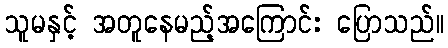
သူမနှင့် အတူနေမည့်အကြောင်း ပြောသည်။